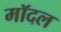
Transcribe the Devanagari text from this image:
मॉदल